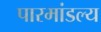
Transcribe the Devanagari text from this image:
पारमांडल्य